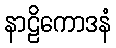
နာဠိကောဒနံ